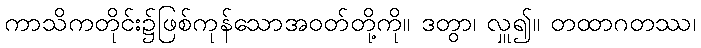
ကာသိကတိုင်း၌ဖြစ်ကုန်သောအဝတ်တို့ကို။ ဒတွာ၊ လှူ၍။ တထာဂတဿ၊